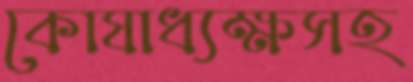
কোষাধ্যক্ষসহ